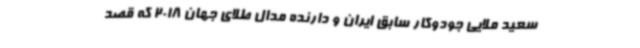
سعید ملایی جودوکار سابق ایران و دارنده مدال طلای جهان 2018 که قصد